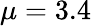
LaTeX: \mu=3.4